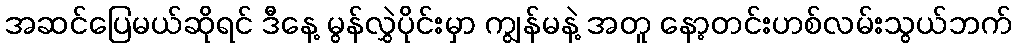
အဆင်ပြေမယ်ဆိုရင် ဒီနေ့ မွန်လွှဲပိုင်းမှာ ကျွန်မနဲ့ အတူ နော့တင်းဟစ်လမ်းသွယ်ဘက်